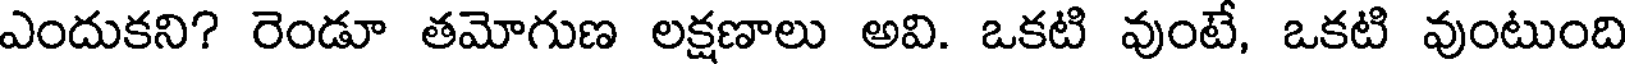
ఎందుకని? రెండూ తమోగుణ లక్షణాలు అవి. ఒకటి వుంటే, ఒకటి వుంటుంది